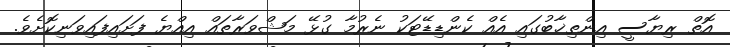
އޮތް ރިޔާސީ އިންތިޚާބުގައި އެއް ކެންޑިޑޭޓަކު ނެރުމާ ގުޅޭ މަޝްވަރާތައް އިއްޔެ ފަށައިފައިވަނިކޮށެވެ.